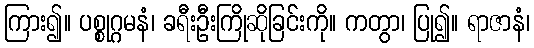
ကြား၍။ ပစ္စုဂ္ဂမနံ၊ ခရီးဦးကြိုဆိုခြင်းကို။ ကတွာ၊ ပြု၍။ ရာဇာနံ၊